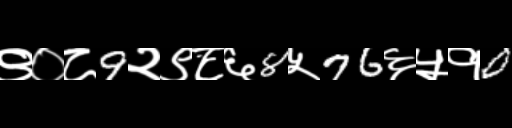
Text: ९०८9२९८६8५76६५१0